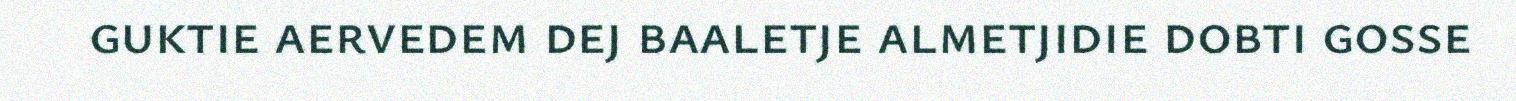
guktie aervedem dej baaletje almetjidie dobti gosse